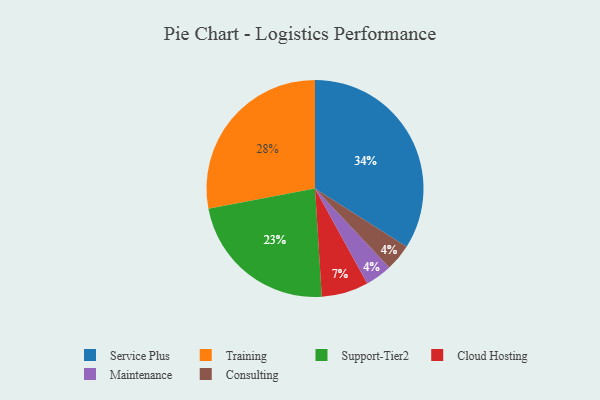
{"axis": {"x": "Category", "y": "Percentage"}, "legend": ["Cloud Hosting", "Consulting", "Maintenance", "Service Plus", "Support-Tier2", "Training"], "data": [{"x": "Support-Tier2", "y": 23, "type": "Support-Tier2"}, {"x": "Training", "y": 28, "type": "Training"}, {"x": "Maintenance", "y": 4, "type": "Maintenance"}, {"x": "Consulting", "y": 4, "type": "Consulting"}, {"x": "Service Plus", "y": 34, "type": "Service Plus"}, {"x": "Cloud Hosting", "y": 7, "type": "Cloud Hosting"}]}